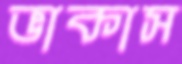
ভাকাস